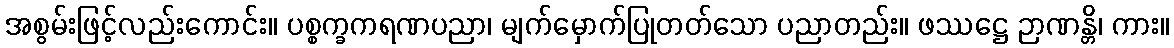
အစွမ်းဖြင့်လည်းကောင်း။ ပစ္စက္ခကရဏပညာ၊ မျက်မှောက်ပြုတတ်သော ပညာတည်း။ ဖဿဋ္ဌေ ဉာဏန္တိ၊ ကား။